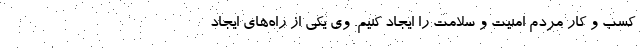
کسب و کار مردم امنیت و سلامت را ایجاد کنیم. وی یکی از راه‌های ایجاد